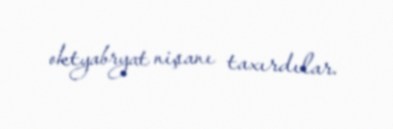
oktyabryat nişanı taxırdılar.